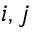
i , j